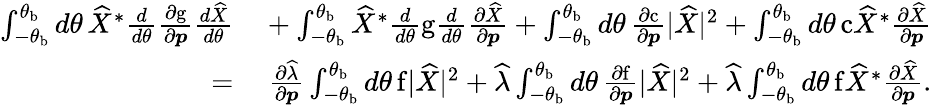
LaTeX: \begin{array}{rl}{\int_{-\theta_{\mathrm{b}}}^{\theta_{\mathrm{b}}}d\theta\, \widehat{X}^{*}\frac{d}{d\theta}\frac{\partial\mathrm{g}}{\partial\boldsymbol{p}}\frac{d\widehat{X}}{d\theta}}&{{}+\int_{-\theta_{\mathrm{b}}}^{\theta_{\mathrm{b}}}\widehat{X}^{*}\frac{d}{d\theta}\mathrm{g}\frac{d}{d\theta}\frac{\partial\widehat{X}}{\partial\boldsymbol{p}}+\int_{-\theta_{\mathrm{b}}}^{\theta_{\mathrm{b}}}d\theta\, \frac{\partial\mathrm{c}}{\partial\boldsymbol{p}}\lvert\widehat{X}\rvert^{2}+\int_{-\theta_{\mathrm{b}}}^{\theta_{\mathrm{b}}}d\theta\, \mathrm{c}\widehat{X}^{*}\frac{\partial\widehat{X}}{\partial\boldsymbol{p}}}\\ {=}&{{}\ \frac{\partial\widehat{\lambda}}{\partial\boldsymbol{p}}\int_{-\theta_{\mathrm{b}}}^{\theta_{\mathrm{b}}}d\theta\, \mathrm{f}\lvert\widehat{X}\rvert^{2}+\widehat{\lambda}\int_{-\theta_{\mathrm{b}}}^{\theta_{\mathrm{b}}}d\theta\, \frac{\partial\mathrm{f}}{\partial\boldsymbol{p}}\lvert\widehat{X}\rvert^{2}+\widehat{\lambda}\int_{-\theta_{\mathrm{b}}}^{\theta_{\mathrm{b}}}d\theta\, \mathrm{f}\widehat{X}^{*}\frac{\partial\widehat{X}}{\partial\boldsymbol{p}}.}\end{array}